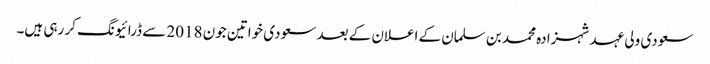
سعودی ولی عہد شہزادہ محمد بن سلمان کے اعلان کے بعد سعودی خواتین جون 2018 سے ڈرائیونگ کر رہی ہیں۔